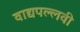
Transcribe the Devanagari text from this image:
वाद्यपल्लवी